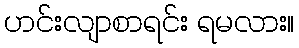
ဟင်းလျာစာရင်း ရမလား။